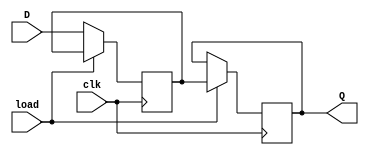
module d_flip_flop(
  input wire clk, // Clock signal
  input wire load, // Load signal
  input wire D, // Input D
  output reg Q // Output Q
);

reg stored_value; // Internal storage for D value

always @(posedge clk) begin
  if (load) begin // Load stored value onto output if load signal is high
    Q <= stored_value;
  end else begin // Store input D value on rising edge of clock signal
    stored_value <= D;
  end
end

endmodule